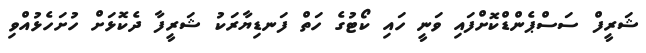
ޝަރީފް ސަސްޕެންޑްކޮށްފައި ވަނީ ހައި ކޯޓުގެ ހަތް ފަނޑިޔާރަކު ޝަރީފާ ދެކޮޅަށް ހުށަހެޅުއްވި